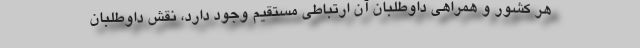
هر کشور و همراهی داوطلبان آن ارتباطی مستقیم وجود دارد، نقش داوطلبان